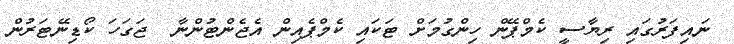
ނައިފަރުގައި ރިޔާސީ ކެމްޕޭން ހިންގުމަށް ޓަކައި ކެމްޕެއިން އެޖެންޓުންނާ  ޖަގަހަ ކޯޑިނޭޓަރުން